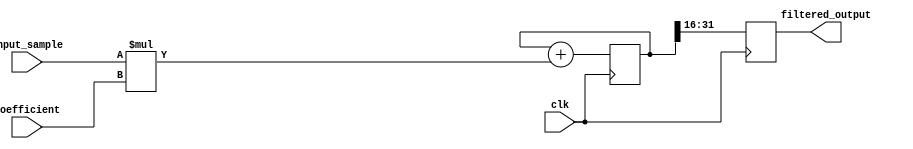
module IIR_filter_accumulator (
    input wire clk,
    input wire [15:0] input_sample,
    input wire [15:0] coefficient,
    output reg [15:0] filtered_output
);

reg [31:0] accumulator;

always @(posedge clk) begin
    accumulator <= accumulator + (input_sample * coefficient);
    filtered_output <= accumulator[31:16];
end

endmodule